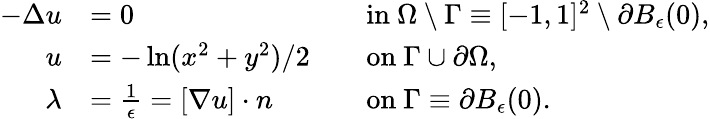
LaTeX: \begin{array}{rlrl}{-\Delta u}&{=0}&&{\mathrm{in}\ \Omega\setminus\Gamma\equiv[-1,1]^{2}\setminus\partial B_{\epsilon}(0),}\\ {u}&{=-\ln(x^{2}+y^{2})/2}&&{\mathrm{on}\ \Gamma\cup\partial\Omega,}\\ {\lambda}&{=\frac{1}{\epsilon}=[\nabla u]\cdot n}&&{\mathrm{on}\ \Gamma\equiv\partial B_{\epsilon}(0).}\end{array}